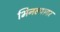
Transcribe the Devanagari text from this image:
भिनल्यावर